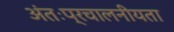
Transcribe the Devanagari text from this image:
अंतःप्रचालनीयता